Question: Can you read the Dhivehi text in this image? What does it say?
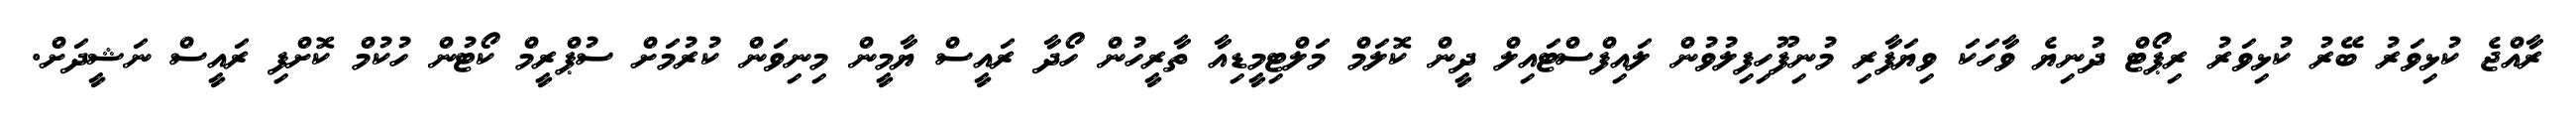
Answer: ރާއްޖެ ކުޅިވަރު ބޭރު ކުޅިވަރު ރިޕޯޓް ދުނިޔެ ވާހަކަ ވިޔަފާރި މުނިފޫހިފިލުވުން ލައިފްސްޓައިލް ދީން ކޮލަމް މަލްޓިމީޑިއާ ތާރީހުން ހޯދާ ރައީސް ޔާމީން މިނިވަން ކުރުމަށް ސުޕްރީމް ކޯޓުން ހުކުމް ކޮށްފި ރައީސް ނަޝީދަށް.